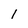
Character: 1